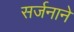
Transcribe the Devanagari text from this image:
सर्जनाने